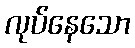
လုပ်နေသော